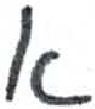
אות: א